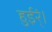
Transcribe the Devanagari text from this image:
हुईर्ं।